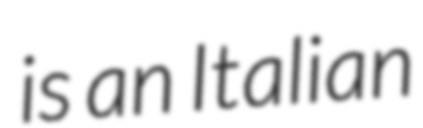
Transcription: is an Italian